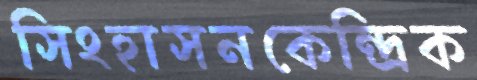
সিংহাসনকেন্দ্রিক